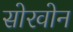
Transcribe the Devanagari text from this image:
सोरवोन